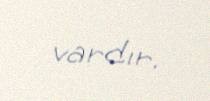
vardır.